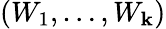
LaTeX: (W_{1},\dots,W_{\mathbf{k}})